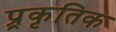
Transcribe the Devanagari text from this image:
प्र्रकृतिक